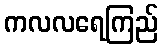
ကလလရေကြည်